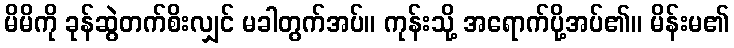
မိမိကို ခုန်ဆွဲတက်စိးလျှင် မခါတွက်အပ်။ ကုန်းသို့ အရောက်ပို့အပ်၏။ မိန်းမ၏